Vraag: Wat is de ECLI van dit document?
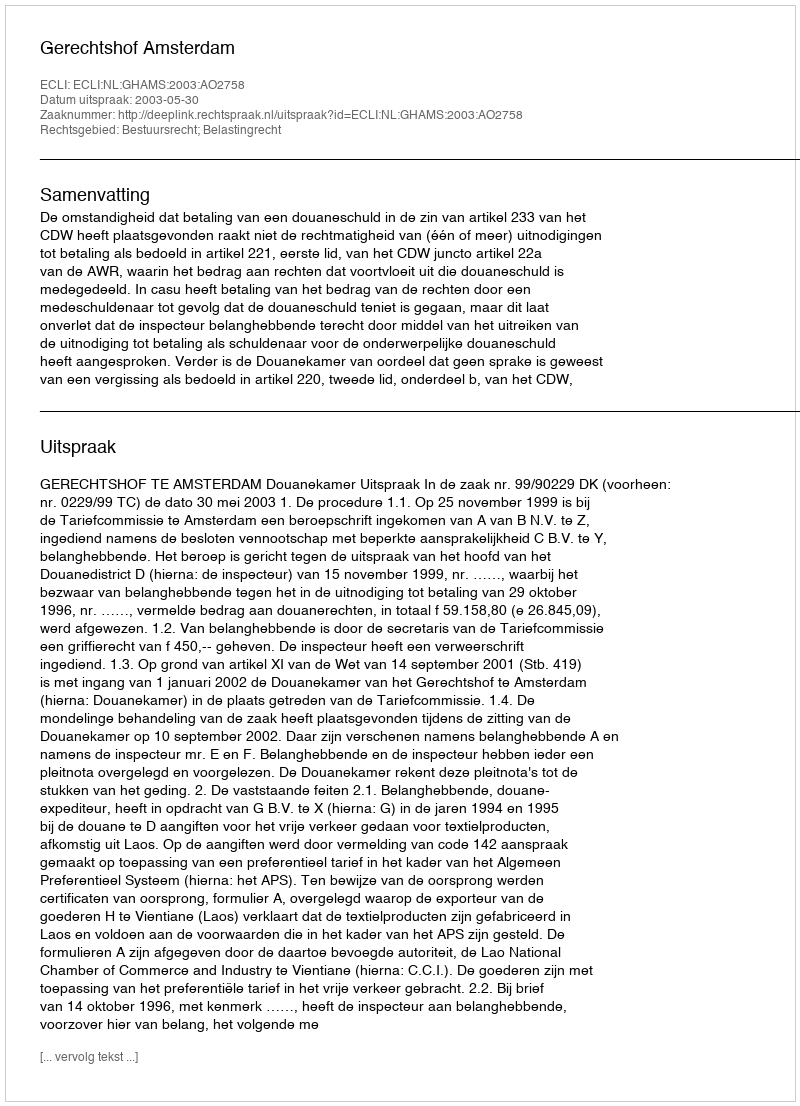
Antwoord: ECLI:NL:GHAMS:2003:AO2758